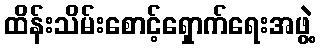
ထိန်းသိမ်းစောင့်ရှောက်ရေးအဖွဲ့